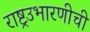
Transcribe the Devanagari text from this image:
राष्ट्रउभारणीची